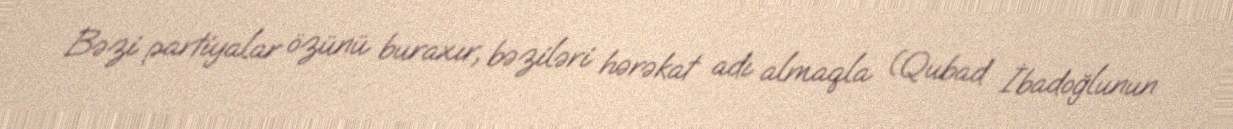
Bəzi partiyalar özünü buraxır, bəziləri hərəkat adı almaqla (Qubad İbadoğlunun